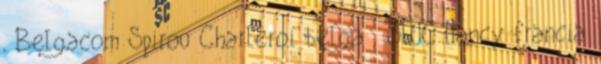
, Belgacom Spirou Charleroi belga , SLUC Nancy francia